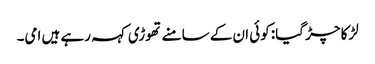
لڑکا چڑ گیا: کوئی ان کے سامنے تھوڑی کہہ رہے ہیں امی۔